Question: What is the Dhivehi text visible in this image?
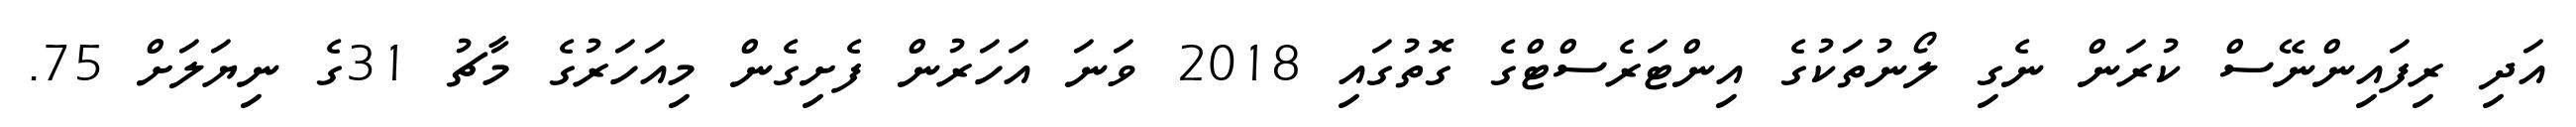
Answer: އަދި ރިފައިންނޭސް ކުރަން ނެގި ލޯނުތަކުގެ އިންޓަރެސްޓްގެ ގޮތުގައި 2018 ވަނަ އަހަރުން ފެށިގެން މިއަހަރުގެ މާޗު 31ގެ ނިޔަލަށް 75.